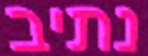
נתיב